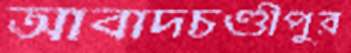
আবাদচণ্ডীপুর